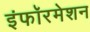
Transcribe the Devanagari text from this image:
इंफॉरमेशन